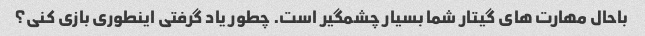
باحال مهارت های گیتار شما بسیار چشمگیر است. چطور یاد گرفتی اینطوری بازی کنی؟